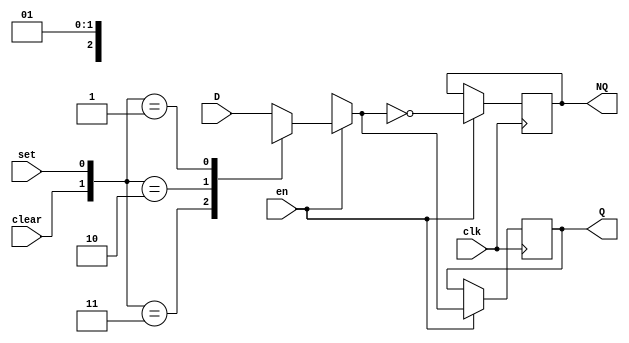
`timescale 1ns / 1ps
//////////////////////////////////////////////////////////////////////////////////
// Company: 
// Engineer: 
// 
// Design Name: 
// Module Name: D_flip_flop
// Project Name: 
// Target Devices: 
// Tool Versions: 
// Description: 
// 
// Dependencies: 
// 
// Revision:
// Revision 0.01 - File Created
// Additional Comments:
// 
//////////////////////////////////////////////////////////////////////////////////

module D_flip_flop(
    D,
    en,     //en
    clk,    //clk
    clear,  //clear,set->Q;
    set,    //1,1->x; 1,0->0; 0,1->1; 0,0->D;
    Q,
    NQ      //QNQ, QD
    );
    //D    
    input D, en, clk, clear, set;
    output Q, NQ;
    reg Q, NQ;

    always @(posedge clk) begin
        if (en) begin
            case ({clear, set})
                2'b11: Q = 1'bx;
                2'b10: Q = 1'b0;
                2'b01: Q = 1'b1;
                default: Q = D;
            endcase
            NQ = ~Q;
        end
    end
endmodule